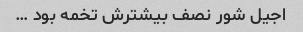
اجیل شور نصف بیشترش تخمه بود …